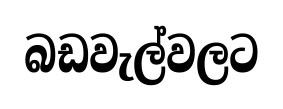
බඩවැල්වලට